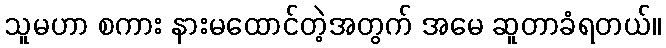
သူမဟာ စကား နားမထောင်တဲ့အတွက် အမေ ဆူတာခံရတယ်။